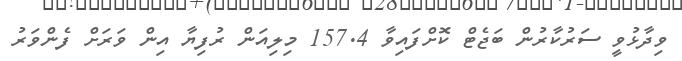
ވިދާޅުވީ ސަރުކާރުން ބަޖެޓް ކޮށްފައިވާ 157.4 މިލިއަން ރުފިޔާ އިން ވަރަށް ފެންވަރު